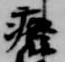
廃